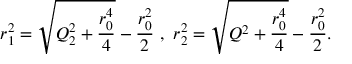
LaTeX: r _ { 1 } ^ { 2 } = \sqrt { Q _ { 2 } ^ { 2 } + \frac { r _ { 0 } ^ { 4 } } { 4 } } - \frac { r _ { 0 } ^ { 2 } } { 2 } \ , \ r _ { 2 } ^ { 2 } = \sqrt { Q ^ { 2 } + \frac { r _ { 0 } ^ { 4 } } { 4 } } - \frac { r _ { 0 } ^ { 2 } } { 2 } .